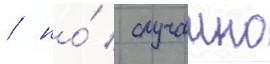
/ но́ / случаино